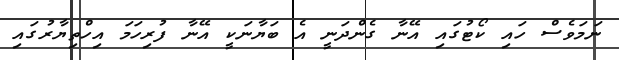
ނަމަވެސް ހައި ކޯޓުގައި އޭނާ ގެންދަނީ އެ ބަޔާނަކީ އޭނާ ފުރިހަމަ އިހްތިޔާރުގައި